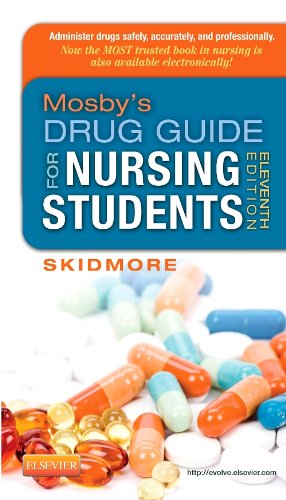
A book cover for Mosby's Drug Guide for Nursing Students, 11th Edition; Linda Skidmore-Roth; Medical Books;